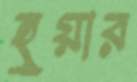
হুয়ার